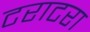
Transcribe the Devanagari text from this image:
टराटरा